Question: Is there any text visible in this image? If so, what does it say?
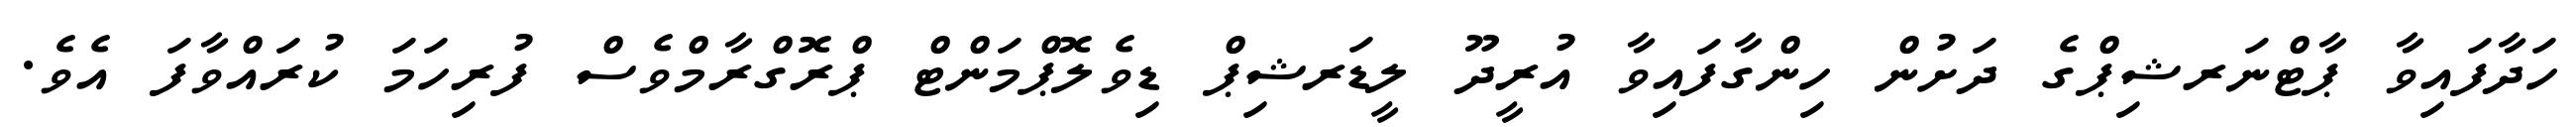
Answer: ހަދާފައިވާ ޕާޓްނަރޝިޕްގެ ދަށުން ހިންގާފައިވާ އުރީދޫ ލީޑަރޝިޕް ޑިވެލޮޕްމަންޓް ޕްރޮގްރާމްވެސް ފުރިހަމަ ކުރައްވާފަ އެވެ.